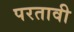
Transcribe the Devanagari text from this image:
परतावी